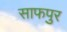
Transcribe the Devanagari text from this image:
साफपुर